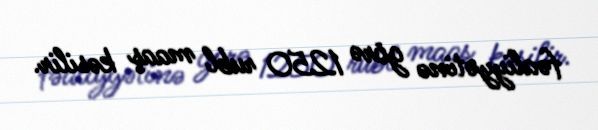
fəaliyyətinə görə 1250 rubl maaş kəsilir.